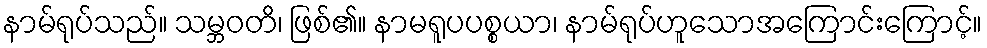
နာမ်ရုပ်သည်။ သမ္ဘဝတိ၊ ဖြစ်၏။ နာမရူပပစ္စယာ၊ နာမ်ရုပ်ဟူသောအကြောင်းကြောင့်။